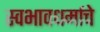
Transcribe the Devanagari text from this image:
स्वभावधर्माचे